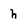
Character: h